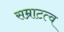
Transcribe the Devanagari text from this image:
सम्राटत्व